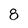
Character: 8